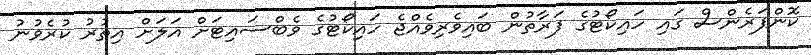
ކޮންފަރެންސް ގައި ހައިކޯޓުގެ ފަރާތުން ބައިވެރިވެއްޖެ ހައިކޯޓުގެ ވެބްސައިޓަށް އަލަށް އިތުރު ކުރެވުނު